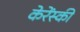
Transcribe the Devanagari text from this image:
केरेंस्की